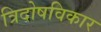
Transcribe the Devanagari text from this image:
त्रिदोषविकार